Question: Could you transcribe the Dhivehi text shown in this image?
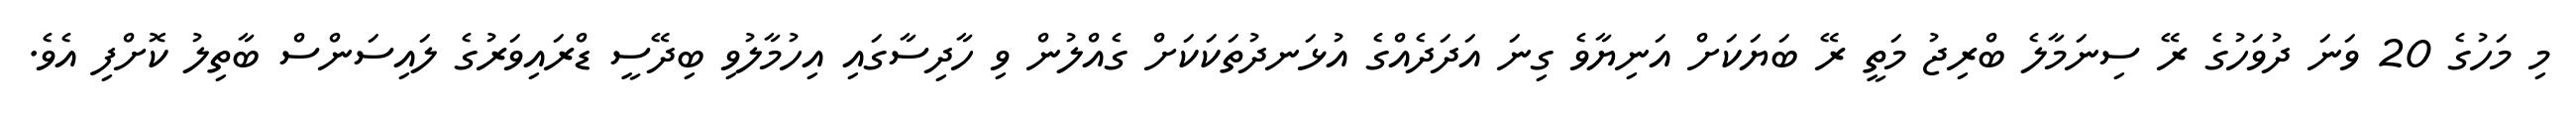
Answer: މި މަހުގެ 20 ވަނަ ދުވަހުގެ ރޭ ސިނަމާލެ ބްރިޖު މަތީ ރޭ ބަޔަކަށް އަނިޔާވެ ގިނަ އަދަދެއްގެ އުޅަނދުތަކަކަށް ގެއްލުން ވި ހާދިސާގައި އިހުމާލުވި ބިދޭސީ ޑްރައިވަރުގެ ލައިސަންސް ބާތިލު ކޮށްފި އެވެ.